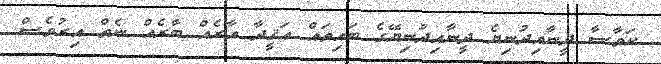
ކަވާސާ ދީނާއިދުނިޔެ ދީނާއިދުނިޔޭގެ ބައިތައް ޢަޤީދާ އާރެއް ބާރެއް ނެތް އިރުވެސް